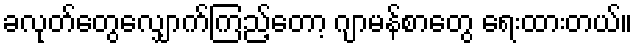
ခလုတ်တွေလျှောက်ကြည့်တော့ ဂျာမန်စာတွေ ရေးထားတယ်။